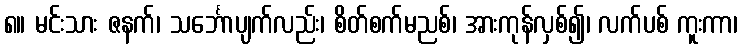
၈။ မင်းသား ဇနက်၊ သင်္ဘောပျက်လည်း၊ စိတ်စက်မညစ်၊ အားကုန်လှစ်၍၊ လက်ပစ် ကူးကာ၊